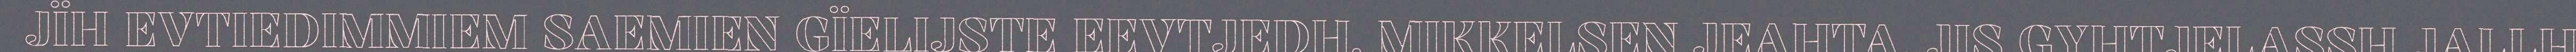
JÏH EVTIEDIMMIEM SAEMIEN GÏELIJSTE EEVTJEDH, MIKKELSEN JEAHTA. JIS GYHTJELASSH JALLH